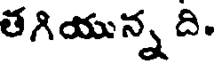
తగియున్న ది.